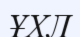
ҰХЛ